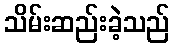
သိမ်းဆည်းခဲ့သည်